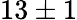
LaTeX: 13\pm 1